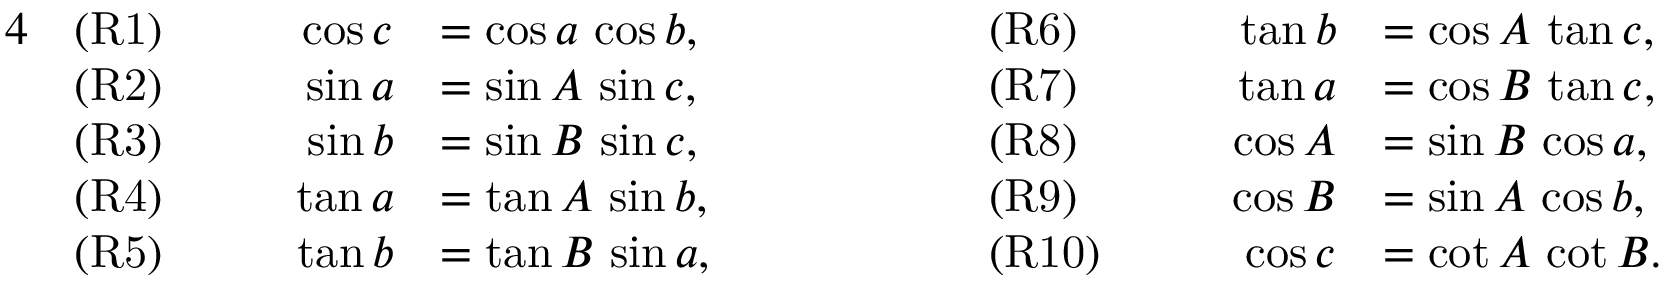
{ \begin{array} { r l r l r l r l } { { 4 } } & { { \mathrm { ( R 1 ) } } } & { \qquad \cos c } & { = \cos a \, \cos b , } & { \qquad \qquad } & { { \mathrm { ( R 6 ) } } } & { \qquad \tan b } & { = \cos A \, \tan c , } \\ & { { \mathrm { ( R 2 ) } } } & { \sin a } & { = \sin A \, \sin c , } & & { { \mathrm { ( R 7 ) } } } & { \tan a } & { = \cos B \, \tan c , } \\ & { { \mathrm { ( R 3 ) } } } & { \sin b } & { = \sin B \, \sin c , } & & { { \mathrm { ( R 8 ) } } } & { \cos A } & { = \sin B \, \cos a , } \\ & { { \mathrm { ( R 4 ) } } } & { \tan a } & { = \tan A \, \sin b , } & & { { \mathrm { ( R 9 ) } } } & { \cos B } & { = \sin A \, \cos b , } \\ & { { \mathrm { ( R 5 ) } } } & { \tan b } & { = \tan B \, \sin a , } & & { { \mathrm { ( R 1 0 ) } } } & { \cos c } & { = \cot A \, \cot B . } \end{array} }